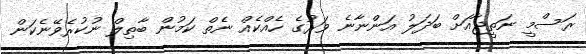
ރަސްމީ ނަތީޖާއަށް ބަދަލު އަންނާނެ ވަރުގެ ހެއްކެއް ނެތް ކަމުން ބާތިލް ނުކުރެވޭނެކަން